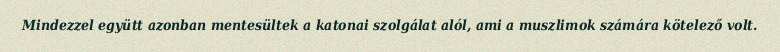
Mindezzel együtt azonban mentesültek a katonai szolgálat alól, ami a muszlimok számára kötelező volt.